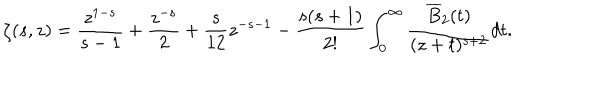
\zeta ( s , z ) = \frac { z ^ { 1 - s } } { s - 1 } + \frac { z ^ { - s } } { 2 } + \frac { s } { 1 2 } z ^ { - s - 1 } - \frac { s ( s + 1 ) } { 2 ! } \int _ { 0 } ^ { \infty } \frac { \overline { { { B } } } _ { 2 } ( t ) } { ( z + t ) ^ { s + 2 } } d t .